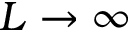
L \rightarrow \infty